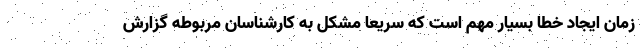
زمان ایجاد خطا بسیار مهم است که سریعا مشکل به کارشناسان مربوطه گزارش